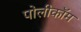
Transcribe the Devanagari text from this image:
पोलीकॉम